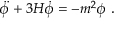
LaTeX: \ddot { \phi } + 3 H \dot { \phi } = - m ^ { 2 } \phi \ .